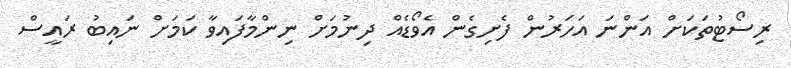
ރިސޯޓުތަކަށް އަންނަ އަހަރުން ފެށިގެން އެވޯޑެއް ދިނުމަށް ނިންމާފައިވާ ކަމަށް ނައިބު ރައީސް